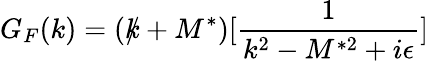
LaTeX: G_{F}(k)=(k\! \! \! /+M^{\ast})[\frac{1}{k^{2}-M^{\ast 2}+i\epsilon}]